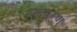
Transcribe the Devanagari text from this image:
नलवरण